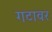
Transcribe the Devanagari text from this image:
गटावर